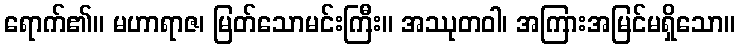
ရောက်၏။ မဟာရာဇ၊ မြတ်သောမင်းကြီး။ အဿုတဝါ၊ အကြားအမြင်မရှိသော။